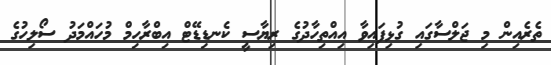
ތެރެއިން މި ޖަލްސާގައި ގުޅިފައިވާ އިއްތިހާދުގެ ރިޔާސީ ކެނޑިޑޭޓް އިބްރާހިމް މުހައްމަދު ސޯލިހުގެ